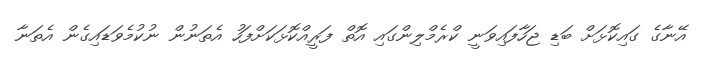
އޭނާގެ ގައިކޮޅަށް ބަޑި ޖަހާފައިވަނީ ކްރެމްލިންގައި އޮތް ފަރީއްކޮޅަކަށްފަހު އެތަނުން ނުކުމެވަޑައިގެން އެތަނާ